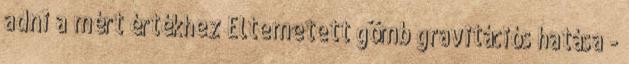
adni a mért értékhez Eltemetett gömb gravitációs hatása -